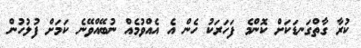
ކުރާ ގާތްގަނޑަކަށް ކޮންމެ ފަހަރަކު ހެން އެ އެއްވުމެއް ނުބޭއްވޭނެ ކަމަށް ފުލުހުން